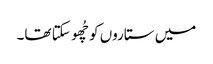
میں ستاروں کو چُھو سکتا تھا۔